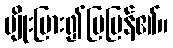
မျိုးပြား၍ပြပြန်၏။